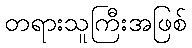
တရားသူကြီးအဖြစ်